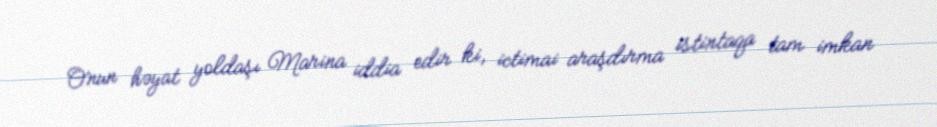
Onun həyat yoldaşı Marina iddia edir ki, ictimai araşdırma istintaqa tam imkan